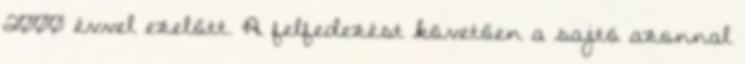
2000 évvel ezelőtt. A felfedezést követően a sajtó azonnal